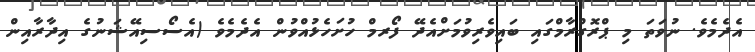
އެދެމެވެ. ނުވަތަ މި ޕްރޮގްރާމްގައި ބައިވެރިވުމަށްއެދޭ ފޯރމް ހުށަހެޅުއްވުން އެދެމެވެ (އެސޯސިއޭޝަނުގެ އިދާރާއިން